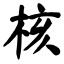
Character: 核